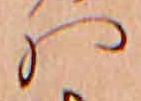
ハ